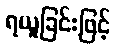
ရယူခြင်းဖြင့်